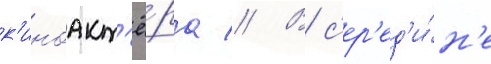
к'иноакт'ё́ра // В с'ер'ед'и́н'е